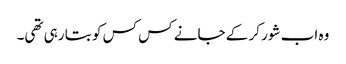
وہ اب شور کر کے جانے کس کس کو بتا رہی تھی۔